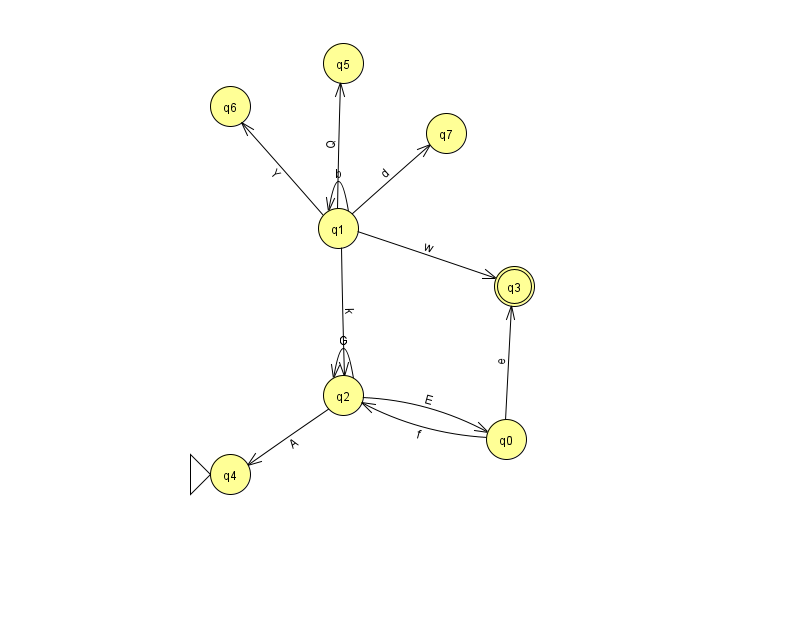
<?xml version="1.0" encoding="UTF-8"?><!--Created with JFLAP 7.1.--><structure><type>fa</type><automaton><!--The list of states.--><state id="0" name="q0"><x>506.0</x><y>426.0</y></state><state id="1" name="q1"><x>338.0</x><y>215.0</y></state><state id="2" name="q2"><x>343.0</x><y>382.0</y></state><state id="3" name="q3"><x>514.0</x><y>273.0</y><final/></state><state id="4" name="q4"><x>230.0</x><y>461.0</y><initial/></state><state id="5" name="q5"><x>343.0</x><y>50.0</y></state><state id="6" name="q6"><x>230.0</x><y>93.0</y></state><state id="7" name="q7"><x>446.0</x><y>120.0</y></state><!--The list of transitions.--><transition><from>1</from><to>3</to><read>w</read></transition><transition><from>2</from><to>0</to><read>E</read></transition><transition><from>1</from><to>1</to><read>b</read></transition><transition><from>1</from><to>2</to><read>k</read></transition><transition><from>0</from><to>2</to><read>f</read></transition><transition><from>1</from><to>7</to><read>d</read></transition><transition><from>1</from><to>6</to><read>Y</read></transition><transition><from>2</from><to>2</to><read>G</read></transition><transition><from>1</from><to>5</to><read>Q</read></transition><transition><from>2</from><to>4</to><read>A</read></transition><transition><from>0</from><to>3</to><read>e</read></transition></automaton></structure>